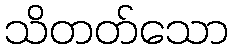
သိတတ်သော